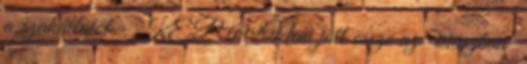
a szakállától - KÉP 699Nem jött össze az "isiászban"